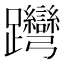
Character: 𨈊